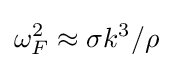
\omega _{F}^{2}\approx \sigma k^{3}/\rho